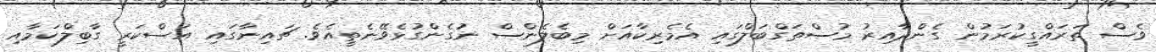
ވެސް ތަރައްގީކުރަމުން ގެންދާއިރު މުސްތަގްބަލްގައި އެމެރިކާއަށް މިބެލެންސް ނުގެންގުޅެވޭނެތީއެވެ. ޗައިނާގައި އަސްކަރީ ގާބިލްކަމާއި